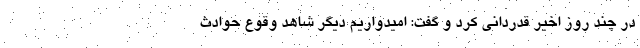
در چند روز اخیر قدردانی کرد و گفت: امیدواریم دیگر شاهد وقوع حوادث